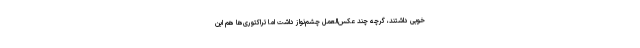
خوبی داشتند، گرچه چند عکس‌العمل چشم‌نواز داشت اما تراکتوری‌ها هم این